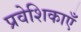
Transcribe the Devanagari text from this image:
प्रवेशिकाएँ